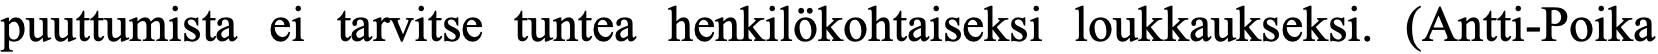
puuttumista ei tarvitse tuntea henkilökohtaiseksi loukkaukseksi. (Antti-Poika